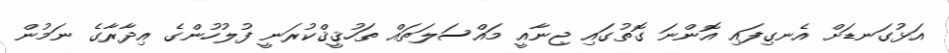
އަޅުގަނޑަށް އެނގިފައި އޮންނަ ގޮތުގައި ޖިނާއީ މައްސަލަތައް ތަހުޤީޤްކުރަނީ ފުލުހުންގެ އިދާރާގެ ނަމުން